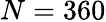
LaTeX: N=360